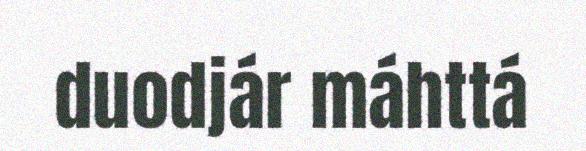
duodjár máhttá